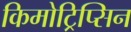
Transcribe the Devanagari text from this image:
किमोट्रिप्सिन